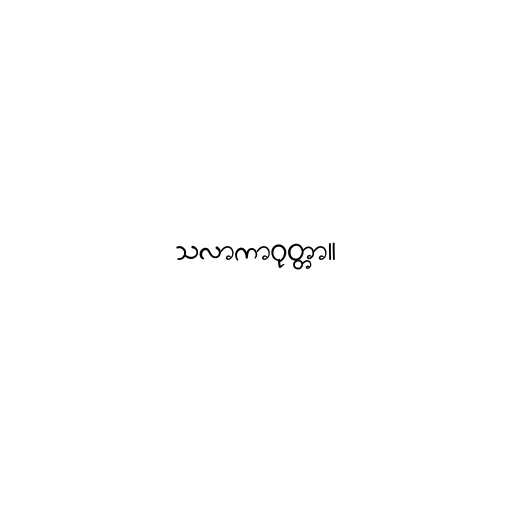
သလာကာဝုတ္တာ။